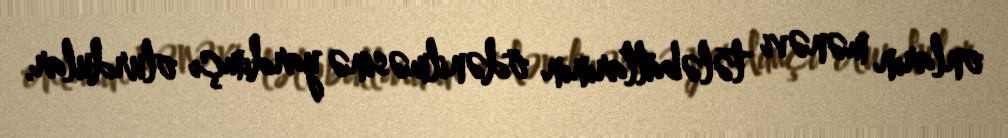
onların mənəvi tələbatlarının ödənilməsinə yardımçı olurdular.